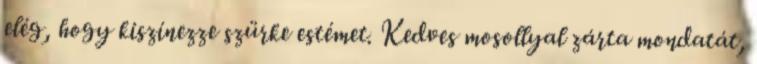
elég, hogy kiszínezze szürke estémet. Kedves mosollyal zárta mondatát,